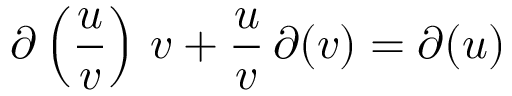
\partial \left( { \frac { u } { v } } \right) \, v + { \frac { u } { v } } \, \partial ( v ) = \partial ( u )